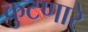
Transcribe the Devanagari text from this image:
कुटणारे